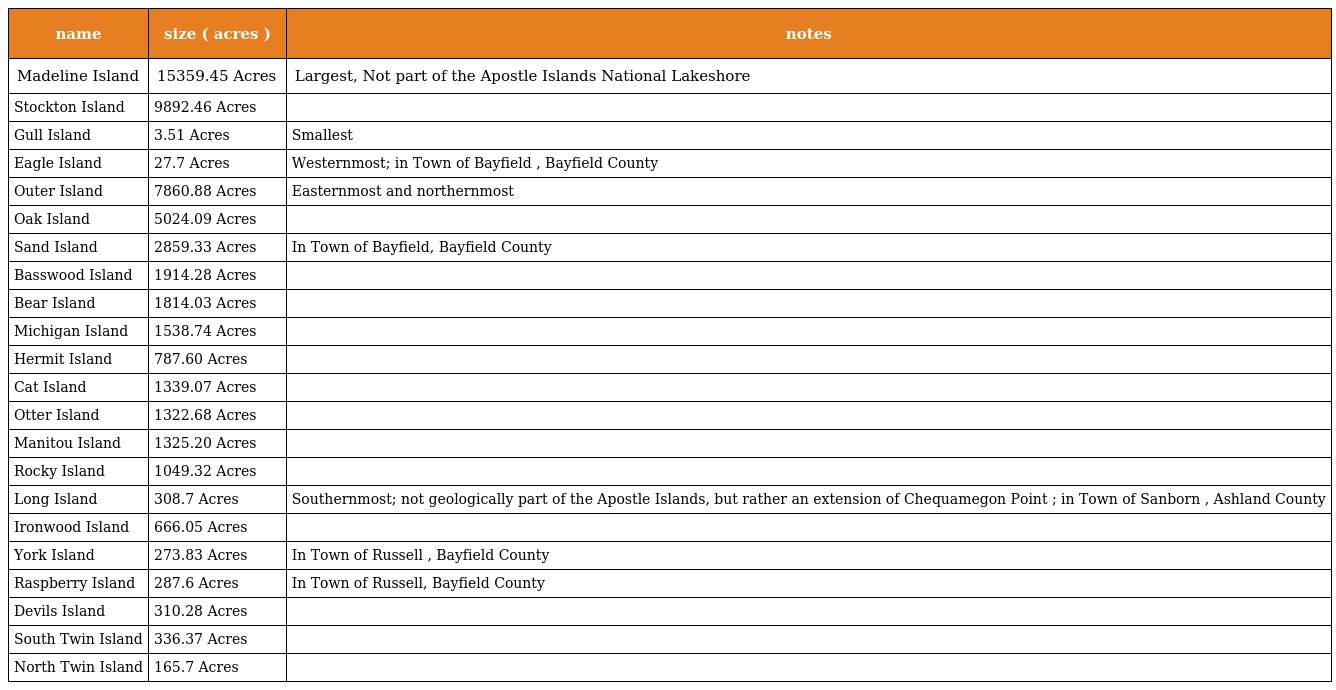
| name | size ( acres ) | notes |
 | --- | --- | --- |
 | Madeline Island | 15359.45 Acres | Largest, Not part of the Apostle Islands National Lakeshore |
 | Stockton Island | 9892.46 Acres |  |
 | Gull Island | 3.51 Acres | Smallest |
 | Eagle Island | 27.7 Acres | Westernmost; in Town of Bayfield , Bayfield County |
 | Outer Island | 7860.88 Acres | Easternmost and northernmost |
 | Oak Island | 5024.09 Acres |  |
 | Sand Island | 2859.33 Acres | In Town of Bayfield, Bayfield County |
 | Basswood Island | 1914.28 Acres |  |
 | Bear Island | 1814.03 Acres |  |
 | Michigan Island | 1538.74 Acres |  |
 | Hermit Island | 787.60 Acres |  |
 | Cat Island | 1339.07 Acres |  |
 | Otter Island | 1322.68 Acres |  |
 | Manitou Island | 1325.20 Acres |  |
 | Rocky Island | 1049.32 Acres |  |
 | Long Island | 308.7 Acres | Southernmost; not geologically part of the Apostle Islands, but rather an extension of Chequamegon Point ; in Town of Sanborn , Ashland County |
 | Ironwood Island | 666.05 Acres |  |
 | York Island | 273.83 Acres | In Town of Russell , Bayfield County |
 | Raspberry Island | 287.6 Acres | In Town of Russell, Bayfield County |
 | Devils Island | 310.28 Acres |  |
 | South Twin Island | 336.37 Acres |  |
 | North Twin Island | 165.7 Acres |  |